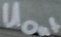
Text: UOut